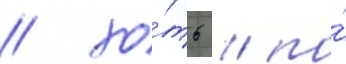
/ хо́ть / по́